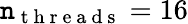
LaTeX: \mathtt{n}_{\mathrm{{~t~h~r~e~a~d~s~}}}=16